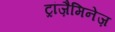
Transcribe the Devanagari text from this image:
ट्रांज़ैमिनेज़